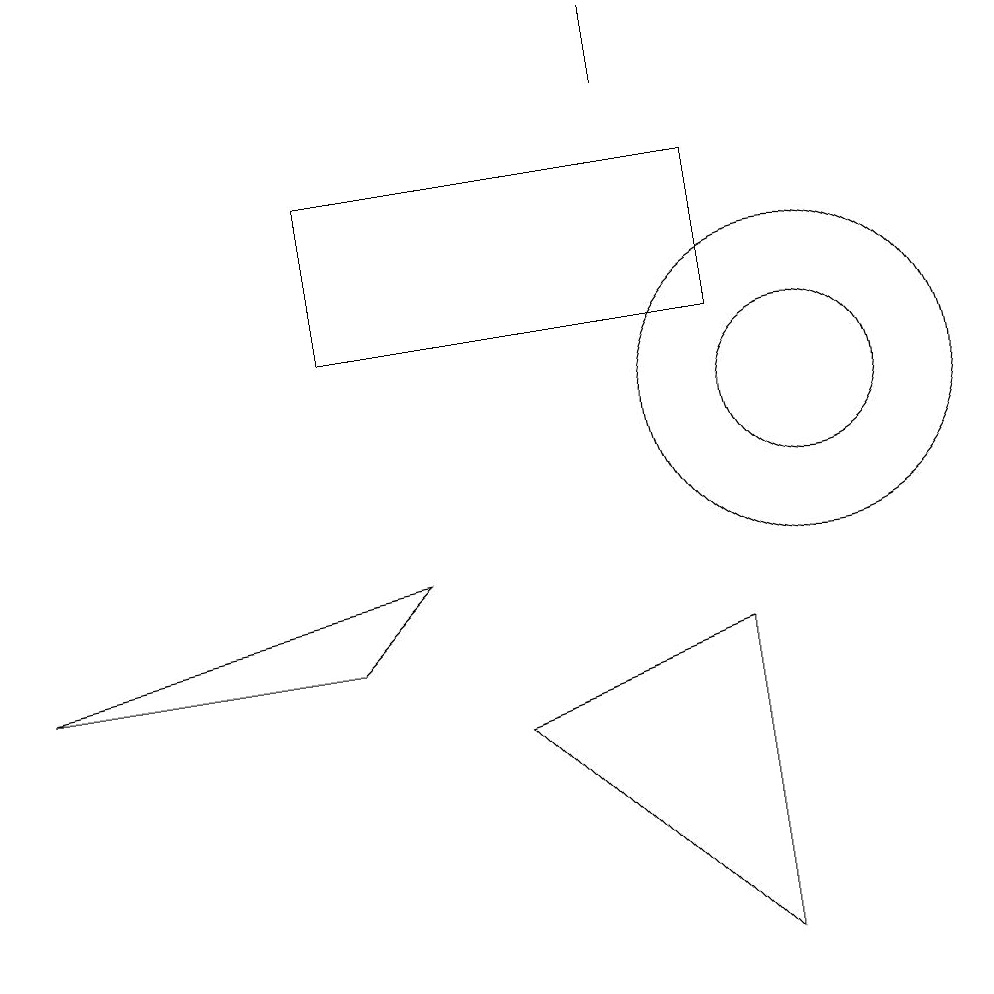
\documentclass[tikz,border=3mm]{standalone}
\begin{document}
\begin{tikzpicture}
\draw (6,7) -- (9,8) -- (9,4) -- cycle;
\draw (10,11) circle (1);
\draw (10,11) circle (2);
\draw (9,12) rectangle (4,14);
\draw (8,15) rectangle (8,16);
\draw (4,8) -- (5,9) -- (0,8) -- cycle;
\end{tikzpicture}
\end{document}